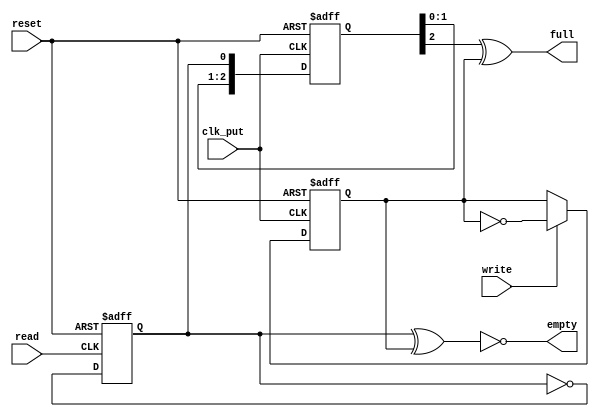
////////////////////////////////////////////////////////////////////////////////////
// Copyright (c) 2016, University of British Columbia (UBC)  All rights reserved. //
//                                                                                //
// Redistribution  and  use  in  source   and  binary  forms,   with  or  without //
// modification,  are permitted  provided that  the following conditions are met: //
//   * Redistributions   of  source   code  must  retain   the   above  copyright //
//     notice,  this   list   of   conditions   and   the  following  disclaimer. //
//   * Redistributions  in  binary  form  must  reproduce  the  above   copyright //
//     notice, this  list  of  conditions  and the  following  disclaimer in  the //
//     documentation and/or  other  materials  provided  with  the  distribution. //
//   * Neither the name of the University of British Columbia (UBC) nor the names //
//     of   its   contributors  may  be  used  to  endorse  or   promote products //
//     derived from  this  software without  specific  prior  written permission. //
//                                                                                //
// THIS  SOFTWARE IS  PROVIDED  BY THE COPYRIGHT HOLDERS AND CONTRIBUTORS "AS IS" //
// AND  ANY EXPRESS  OR IMPLIED WARRANTIES,  INCLUDING,  BUT NOT LIMITED TO,  THE //
// IMPLIED WARRANTIES OF MERCHANTABILITY AND FITNESS FOR A PARTICULAR PURPOSE ARE //
// DISCLAIMED.  IN NO  EVENT SHALL University of British Columbia (UBC) BE LIABLE //
// FOR ANY DIRECT,  INDIRECT,  INCIDENTAL,  SPECIAL,  EXEMPLARY, OR CONSEQUENTIAL //
// DAMAGES  (INCLUDING,  BUT NOT LIMITED TO,  PROCUREMENT OF  SUBSTITUTE GOODS OR //
// SERVICES;  LOSS OF USE,  DATA,  OR PROFITS;  OR BUSINESS INTERRUPTION) HOWEVER //
// CAUSED AND ON ANY THEORY OF LIABILITY,  WHETHER IN CONTRACT, STRICT LIABILITY, //
// OR TORT  (INCLUDING NEGLIGENCE OR OTHERWISE) ARISING IN ANY WAY OUT OF THE USE //
// OF  THIS SOFTWARE,  EVEN  IF  ADVISED  OF  THE  POSSIBILITY  OF  SUCH  DAMAGE. //
////////////////////////////////////////////////////////////////////////////////////

////////////////////////////////////////////////////////////////////////////////////
//  clkd2asps_full_empty_ctrl.v: clkd -> asp* stage full/empty controller module  //
//  Cell-based Mixed FIFOs :: University of British Columbia  (UBC) :: July 2016  //
////////////////////////////////////////////////////////////////////////////////////

////////////////////////////////////////////////////////////////////////////////////
//                                                                                //
// clk_put              _____                                                     //
// >------+---------.  |     |                                                    //
// reset  |         '->|CLK  |                                                    //
// >----+-|---------.  |     |                                                    //
// write| |    ____ '->|RST  |                                                    //
// >----|-|---\\   \   |   _ | write_r                                ____        //
//      | |    ))XOR)->|D_/ Q|--+-------------------------------+----\\ X \       //
//      | | .-//___/   |_____|  |                               |     ))NOR)O---> //
//      | | |                   |                               |  .-//___/ empty //
//      | | '-------------------'                               |  |              //
//      | |                                                     |  |              //
//      | |                                                     |  |              //
//      | '-------------------.                                 |  |              //
//      |             _____   |   _____    _____       _____    |  |              //
// read |            |     |  |  |     |  |     |     |     |   |  |              //
// >----|----------->|CLK  |  '->|CLK--|->|CLK--|-..->|CLK  |   |  |              //
//      |            |     |     |     |  |     |     |     |   |  |  ____        //
//      '----------->|RST--|---->|RST--|->|RST--|-..->|RST  |   '--|-\\   \       //
//                   |   _ |read |   _ |  |   _ |     |   _ |read_ |  ))XOR)----> //
//                .->|D_/ Q|--+->|D_/ Q|->|D_/ Q|-..->|D_/ Q|------|-//___/ full  //
//                |  |_____|_r|  |_____|  |_____|     |_____|r_sync|              //
//                |           |                                    |              //
//                '----o<|----+------------------------------------'              //
//                                                                                //
////////////////////////////////////////////////////////////////////////////////////

module clkd2asps_full_empty_ctrl
  #( parameter SYNCD = 3 )  // brute-force synchronizer depth
   ( input     reset     ,  // global reset
     input     clk_put   ,  // clock for sender domain
     input     write     ,  // record write
     output    empty     ,  // fifo is empty
     input     read      ,  // record read
     output    full      ); // fifo is full

  // local wires/regs
  reg read_r ;
  reg write_r;
  reg [SYNCD-1:0] read_r_sync;
  
  // write flop
  always@(posedge clk_put or posedge reset)
    if (reset) write_r <= 1'b0;
    else       write_r <= write ? ~write_r : write_r;
  
  // read flop
  always@(posedge read or posedge reset)
    if (reset) read_r <= 1'b0;
    else       read_r <= ~read_r;
  
  // synchronize read flops into write clock domain
  always@(posedge clk_put or posedge reset)
    if (reset) read_r_sync <= {SYNCD{1'b0}};
    else       read_r_sync <= {read_r_sync[SYNCD-2:0], read_r};
 
  // assign outputs 
  assign empty = ~(read_r                    ^ write_r);
  assign full  =  (read_r_sync[SYNCD-1] ^ write_r);

endmodule // clkd2asps_full_empty_ctrl